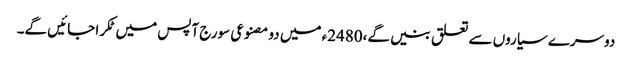
دوسرے سیاروں سے تعلق بنیں گے،2480ء میں دو مصنوعی سورج آپس میں ٹکرا جائیں گے۔